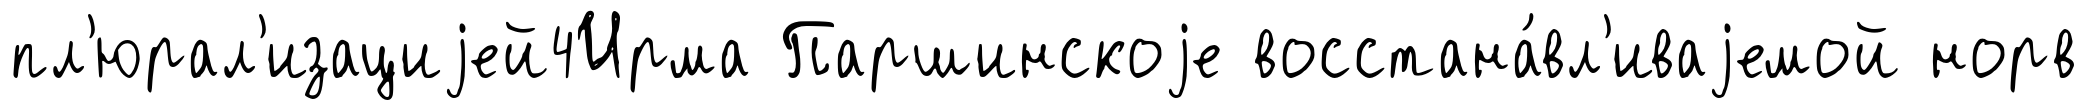
пл'юрал'изациjей4Ирма Паршинскоjе восстана́вл'иваjемой норв